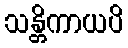
သန္တိကာယပိ